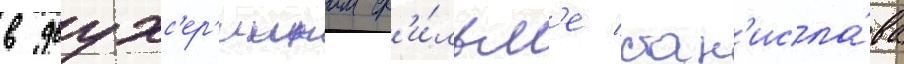
в двухс'ер'иином ф'и́льм'е стан'исла́ва